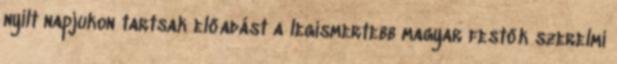
nyílt napjukon tartsak előadást a legismertebb magyar festők szerelmi